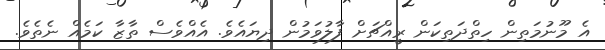
އެ މޫނުމަތިން ހިތްދަތިކަން ރީއްޗަށް ފާލުވަމުން ދިޔައެވެ. އެއްވެސް ތާޒާ ކަމެއް ނެތެވެ.